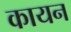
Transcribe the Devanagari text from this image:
कायन